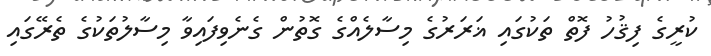
ކުރީގެ ފިޤުހު ފޮތް ތަކުގައި ޣަރަރުގެ މިސާލެއްގެ ގޮތުން ގެނެވިފައިވާ މިސާލުތަކުގެ ތެރޭގައި